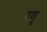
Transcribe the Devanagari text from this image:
गणु